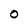
Character: O